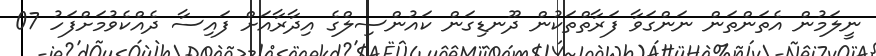
ނީލަމުން އެތަންތަން ނަންގަވާ ފަރާތްތަކުން ދޫނޑިގަން ކައުންސިލްގެ އިދާރާއަށް ފައިސާ ދެއްކެވުމަށްފަހު 07